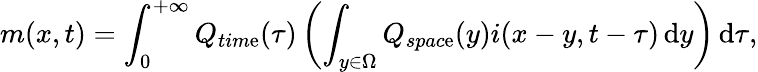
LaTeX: m(x,t)=\int_{0}^{+\infty}Q_{tim\mathrm{e}}(\tau)\left(\int_{y\in\Omega}Q_{spac\mathrm{e}}(y)i(x-y,t-\tau)\mathop{}\! \mathrm{{d}}y\right)\mathop{}\! \mathrm{{d}}\tau,